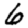
Digit: 6